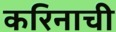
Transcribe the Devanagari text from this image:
करिनाची